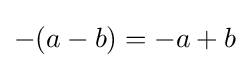
-(a-b)=-a+b